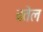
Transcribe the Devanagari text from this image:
बतेल